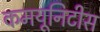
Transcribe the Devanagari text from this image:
कमयूनिटीस